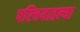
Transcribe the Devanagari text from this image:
परिचयातल्या